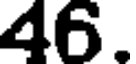
46.